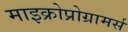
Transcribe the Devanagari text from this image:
माइक्रोप्रोग्रामर्स